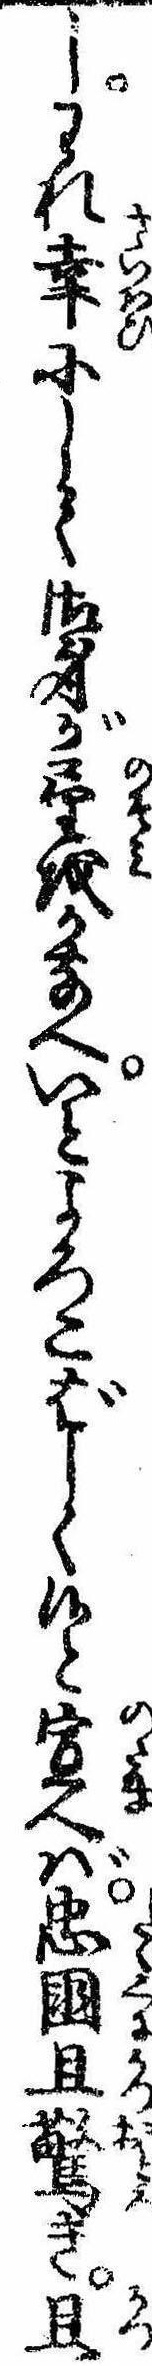
しわれ幸にして御身が望をかなへいとよろこばしく候と宣へば忠国且驚き且